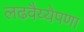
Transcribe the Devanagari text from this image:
लढवैय्येपणा